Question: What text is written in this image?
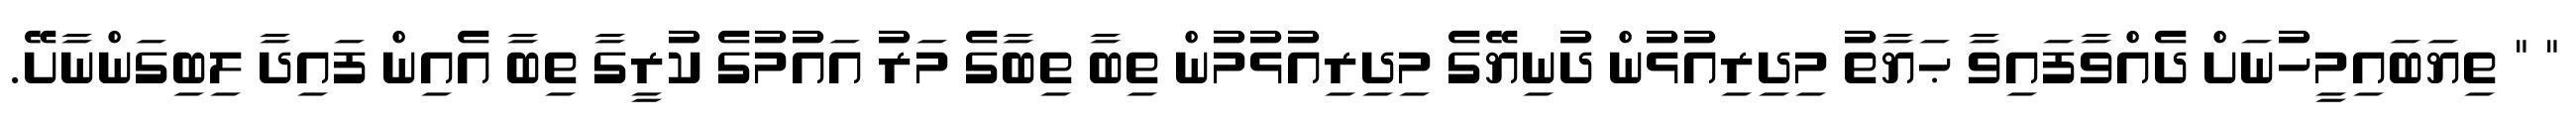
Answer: " " ތިޔަބައިމީހުނަށް ދެއްވާފައިވާ ޙަޔާތު މިދިރިއުޅުން ދުނިޔޭގެ މިދިރިއުޅުމުން ތިބާ ތިބާގެ މަރު އައުމުގެ ކުރީގާ ތިބާ އެއިން ފައިދާ ލިބިގަންނާށޭ.